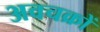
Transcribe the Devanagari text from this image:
अवचक्रों